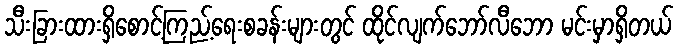
သီးခြားထားရှိစောင့်ကြည့်ရေးစခန်းများတွင် ထိုင်လျက်ဘော်လီဘော မင်းမှာရှိတယ်